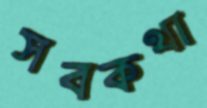
সবকথা